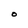
Character: O